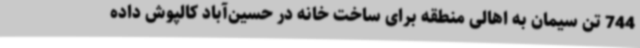
744 تن سیمان به اهالی منطقه برای ساخت خانه در حسین‌آباد کالپوش داده